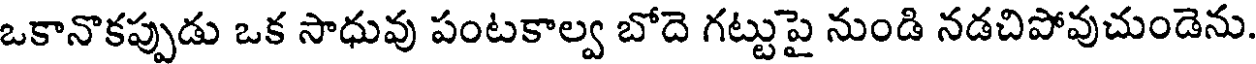
ఒకానొకప్పుడు ఒక సాధువు పంటకాల్వ బోదె గట్టుపై నుండి నడచిపోవుచుండెను.